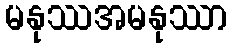
မနုဿအမနုဿာ